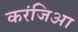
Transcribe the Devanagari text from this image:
करंजिआ